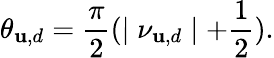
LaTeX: \theta_{\mathbf{u},d}=\frac{{\pi}}{{2}}(\mid\nu_{\mathbf{u},d}\mid+\frac{{1}}{{2}}).